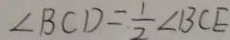
\angle B C D = \frac { 1 } { 2 } \angle B C E